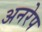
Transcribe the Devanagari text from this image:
अनरेप